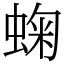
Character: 䗇